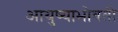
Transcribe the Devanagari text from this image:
आयुष्याभोवती